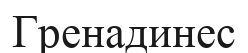
Гренадинес